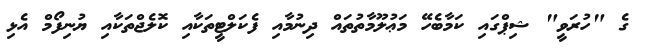
ގެ "ހުރަވީ" ޝިޕްގައި ކަމާބެހޭ މަޢުލޫމާތުތައް ދިނުމާއި ފެކަލްޓީތަކާއި ކޮލެޖްތަކާއި ޔުނިފޯމް އެޅި